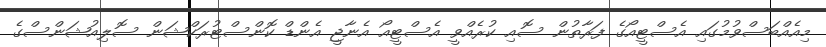
މިއެއްބަސްވުމުގައި އެސްޓީއޯގެ ފަރާތުން ސޮއި ކުރެއްވީ އެސްޓީއޯ އެނާޖީ އެންޑް ކޮންސްޓުރަކްޝަން ސޮލިއުޝަންސްގެ